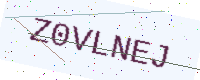
Text: Z0VLNEJ